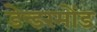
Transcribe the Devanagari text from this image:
डेन्डरमोंड